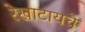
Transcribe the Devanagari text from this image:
रेखाटायचे